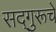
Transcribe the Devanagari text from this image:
सद्‌गुरूचे